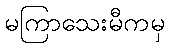
မကြာသေးမီကမှ